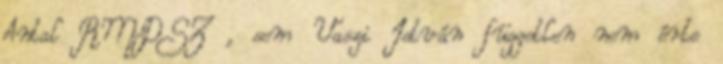
Antal RMDSZ , sem Vaszi István független nem érte